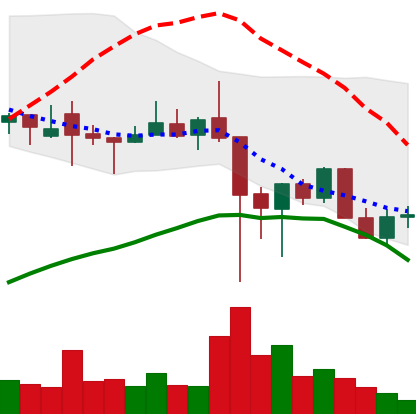
Ticker: XLM-USD
Chart end date: 2021-12-12
Forward return: -7.642%
Label: down_7plus